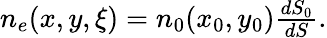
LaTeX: \begin{array}{r}{n_{e}(x,y,\xi)=n_{0}(x_{0},y_{0})\frac{dS_{0}}{dS}.}\end{array}